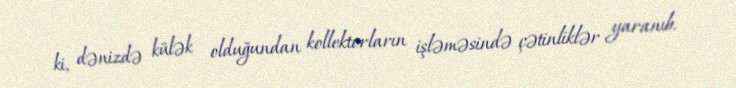
ki, dənizdə külək olduğundan kollektorların işləməsində çətinliklər yaranıb.